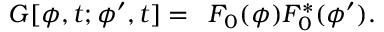
G [ \phi , t ; \phi ^ { \prime } , t ] = \, \ F _ { 0 } ( \phi ) F _ { 0 } ^ { \ast } ( \phi ^ { \prime } ) .